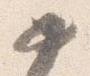
如